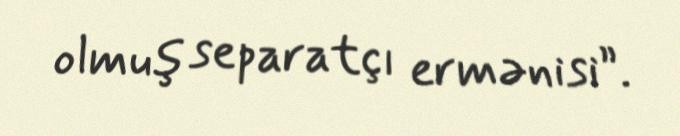
olmuş separatçı ermənisi”.